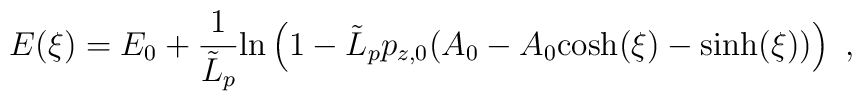
E(\xi)=E_0 + {1 \over {\tilde L}_p}\mbox{ln} \left( 1 -{\tilde L}_p p_{z,0}(A_0 -A_0\it{\cosh}(\xi)-\it{\sinh}(\xi))\right)~,